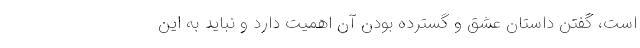
است، گفتن داستان‌ عشق و گسترده بودن آن اهمیت دارد و نباید به این